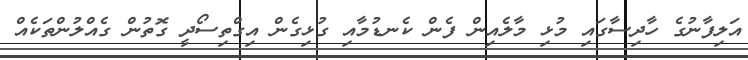
އަލިފާނުގެ ހާދިސާގައި މުޅި މާލެއިން ފެން ކެނޑުމާއި ގުޅިގެން އިގްތިސޯދީ ގޮތުން ގެއްލުންތަކެއް